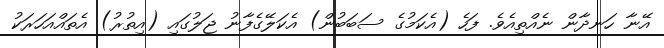
އޭނާ ހަނދާން ނެއްތިއެވެ. ފަހެ (އެކަމުގެ ސަބަބުން) އެކަލޭގެފާނު ޖަލުގައި (އިތުރު) އެތައްއަހަރަކު